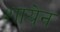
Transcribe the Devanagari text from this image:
शायेन